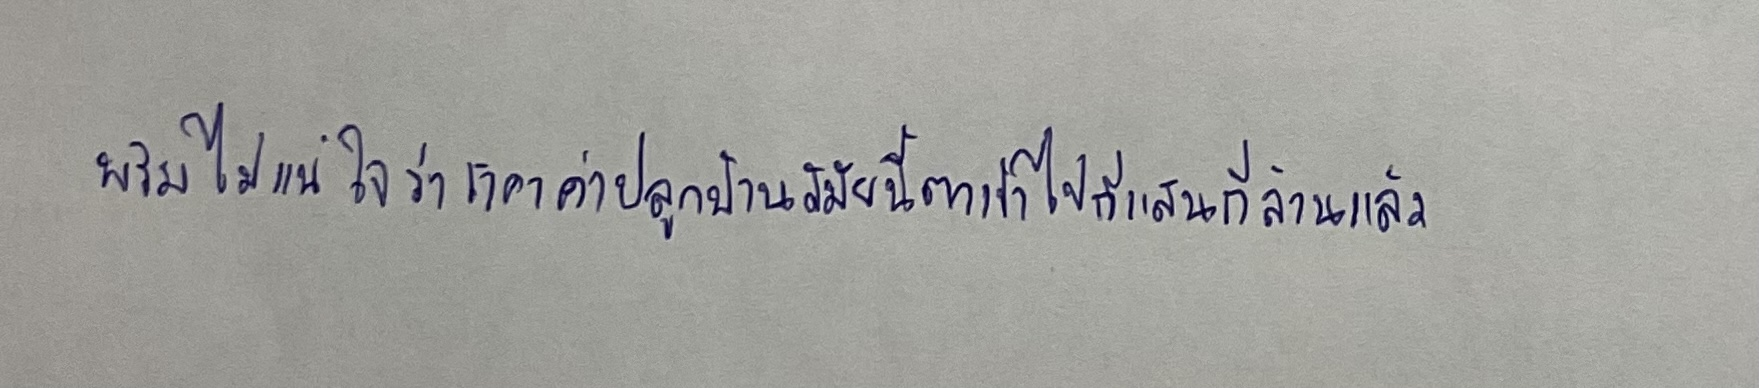
พริมไม่แน่ใจว่าราคาค่าปลูกบ้านสมัยนี้ตกเข้าไปกี่แสนกี่ล้านแล้ว